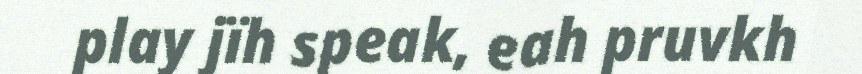
play jïh speak, eah pruvkh